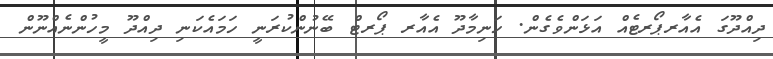
ދިއްދޫގަ އެއާރޕޯރޓެއް އަޅަންވެގެން. ހަނިމާދޫ އެއާރ ޕޯރޓް ބޭނުންކުރަނީ ހަމައެކަނި ދިއްދޫ މީހުންނެއްނޫން